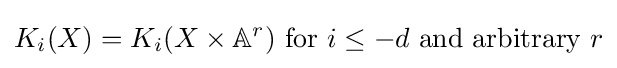
K_{i}(X)=K_{i}(X\times \mathbb {A} ^{r}){\text{ for }}i\leq -d{\text{ and arbitrary }}r